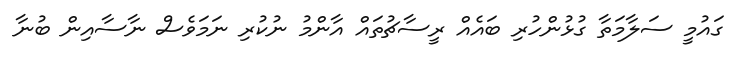
ގައުމީ ސަލާމަތާ ގުޅުންހުރި ބައެއް ރީސާޗުތައް އާންމު ނުކުރި ނަމަވެސް ނާސާއިން ބުނާ